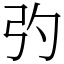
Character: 㢩